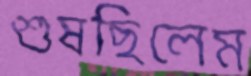
শুষছিলেম